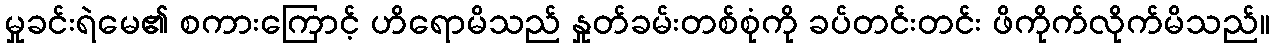
မှုခင်းရဲမေ၏ စကားကြောင့် ဟိရောမိသည် နှုတ်ခမ်းတစ်စုံကို ခပ်တင်းတင်း ဖိကိုက်လိုက်မိသည်။